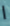
ا